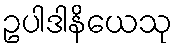
ဥပါဒါနိယေသု